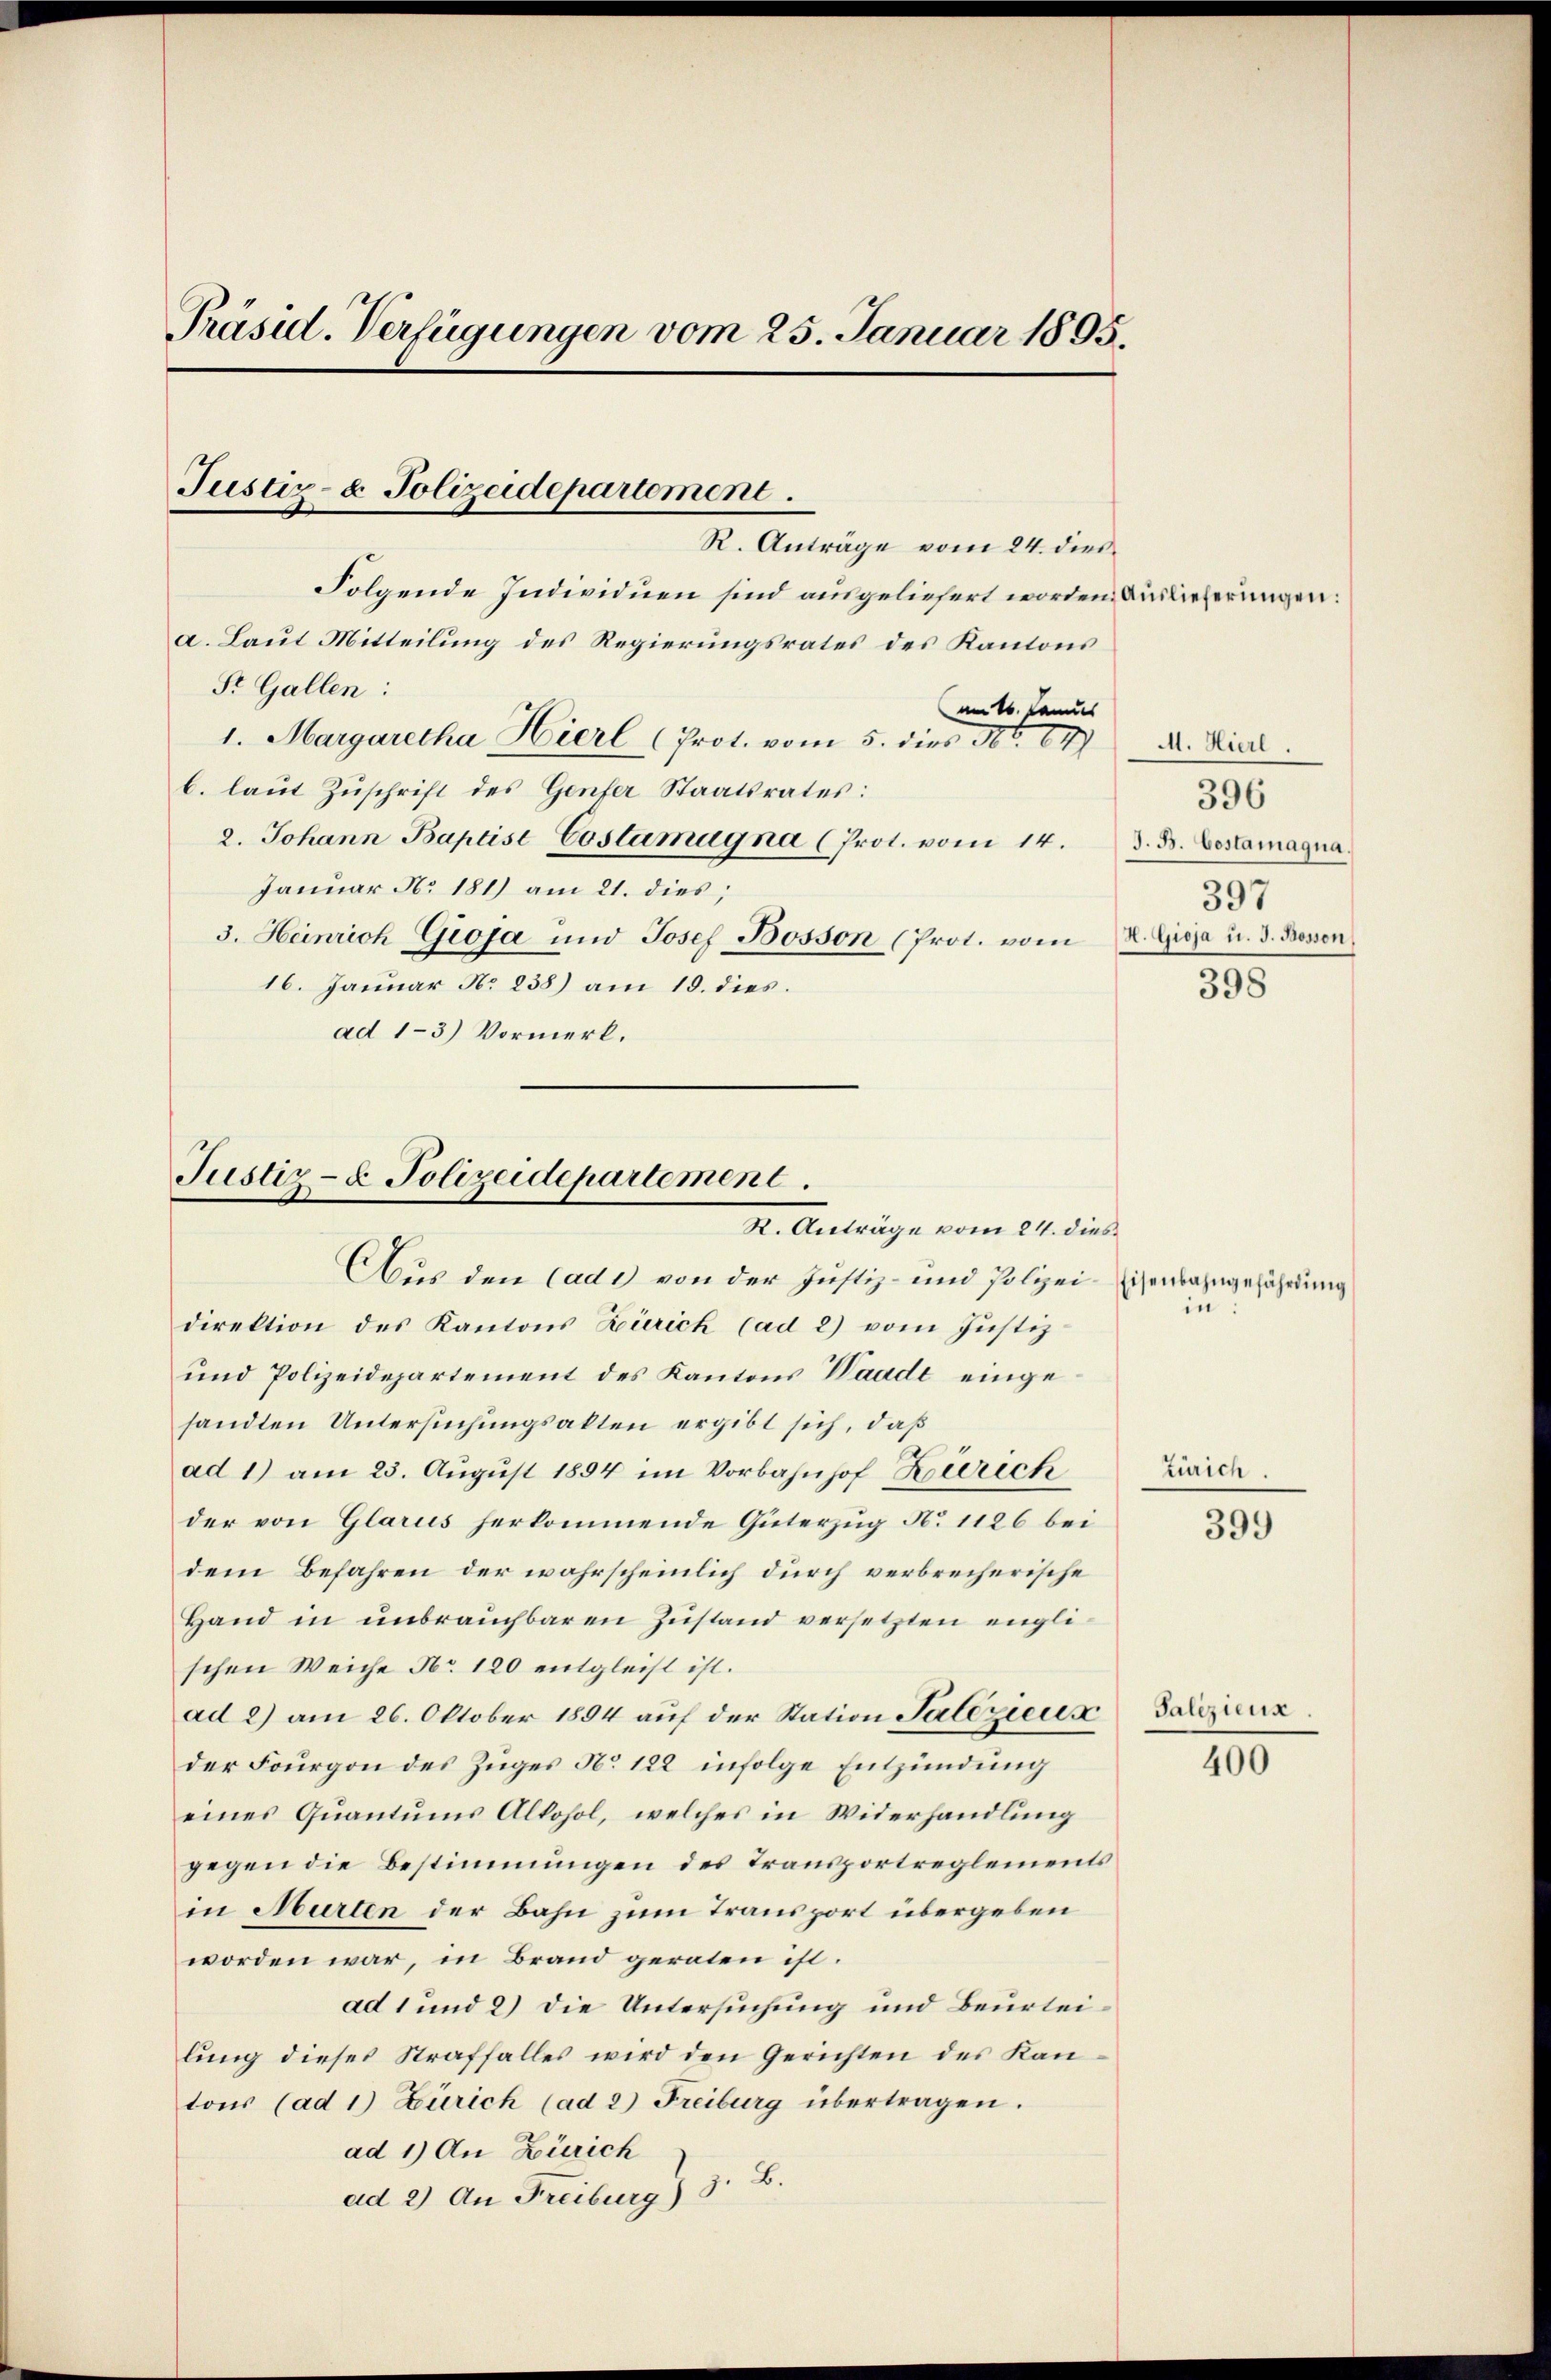
Präsid. Verfügungen vom 25. Januar 1895.

Justiz- & Polizeidepartement.
R. Anträge vom 24. dies

Folgende Individuen sind ausgeliefert worden Auslieferungen:
a. Laut Mitteilung des Regierungsrates des Kantons
St. Gallen:
am 16. Janus
1. Margaretha Hierl (Prot. vom 5. dies 500. 64
b. laut Zuschrift des Genfer Staatsrates:
2. Johann Baptist Costamugna (Prot. vom 14. d. J. Bestamagna
Januar No 181) am 21. dies;
3. Heinrich Gioja und Josef Bosson (Prot. vom 18. Gioja u. 3. Rossen
16. Januar No 238) am 15. dies.
ad 1-3) Vormerk.

Justiz- & Polizeidepartement.
K. Anträge vom 24. dies
Aus den Cade von der Justiz- und Polizei¬

direktion des Kantons Zürich (ad 2) vom Justiz¬
und Polizeidepartement des Kantons Waadt eingesandten Untersuchungsakten ergibt sich, daß
ad 1) am 23. August 1854 im Vorbahnhof Zürich
der von Glarus herkommende Güterzug No 1126 bei
dem Befahren der wahrscheinlich durch verbrecherische
Hand in unbrauchbaren Zustand versetzten englischen Weiche No. 120 entgleist ist.
ad 2) am 26. Oktober 1894 auf der Station Palezieux
der Fourgon des Zuges No 122 infolge Entzündung
eines Quantums Alkohol, welches in Widerhandlung
gegen die Bestimmungen des Transportreglements
in Murten der Bahn zum Transport übergeben
worden war, in Brand geraten ist.
ad 1 und 2) die Untersuchung und Beurteilung dieses Straffalles wird den Gerichten des Kantons (ad 1) Zürich (ad 2) Freiburg übertragen.
ad 1) An Zürich
ad 2) An Freiburg) 3. B.

M. Hierl.
396
397
398

isenbahngefährdung
in

Zürich.

399

Salezieux.

400